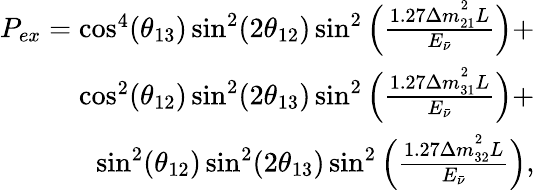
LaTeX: \begin{array}{r}{P_{ex}=\cos^{4}(\theta_{13})\sin^{2}(2\theta_{12})\sin^{2}\Big(\frac{1.27\Delta m_{21}^{^{2}}L}{E_{\bar{\nu}}}\Big)+}\\ {\cos^{2}(\theta_{12})\sin^{2}(2\theta_{13})\sin^{2}\Big(\frac{1.27\Delta m_{31}^{^{2}}L}{E_{\bar{\nu}}}\Big)+}\\ {\sin^{2}(\theta_{12})\sin^{2}(2\theta_{13})\sin^{2}\Big(\frac{1.27\Delta m_{32}^{^{2}}L}{E_{\bar{\nu}}}\Big),}\end{array}